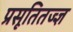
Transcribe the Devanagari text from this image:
प्रसूतितज्ज्ञ